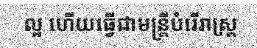
ល្អ ហើយធ្វើជាមន្ត្រីបំរើរាស្ត្រ